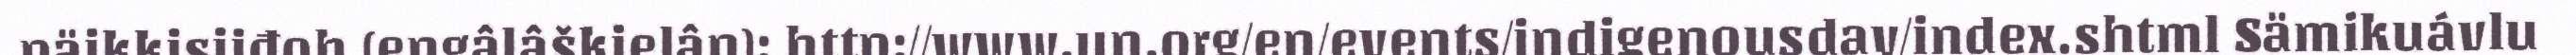
päikkisijđoh (eŋgâlâškielân): http://www.un.org/en/events/indigenousday/index.shtml Sämikuávlu